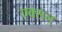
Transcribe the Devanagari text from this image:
एक्सन्